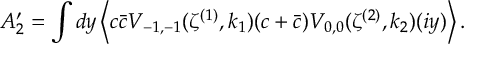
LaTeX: A _ { 2 } ^ { \prime } = \int d y \left\langle c \bar { c } V _ { - 1 , - 1 } ( \zeta ^ { ( 1 ) } , k _ { 1 } ) ( c + \bar { c } ) V _ { 0 , 0 } ( \zeta ^ { ( 2 ) } , k _ { 2 } ) ( i y ) \right\rangle .